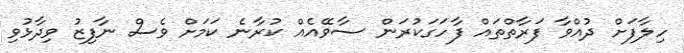
ހިލާފަށް ދުއްވާ ފަރާތްތައް ފާހަގަކުރަން ސާވޭއެއް ކުރާނެ ކަމަށް ވެސް ނާފިޒު ވިދާޅުވި